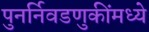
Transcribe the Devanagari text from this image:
पुनर्निवडणुकींमध्ये